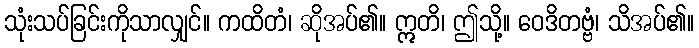
သုံးသပ်ခြင်းကိုသာလျှင်။ ကထိတံ၊ ဆိုအပ်၏။ ဣတိ၊ ဤသို့။ ဝေဒိတဗ္ဗံ၊ သိအပ်၏။